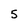
Character: 5